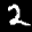
Label: 2